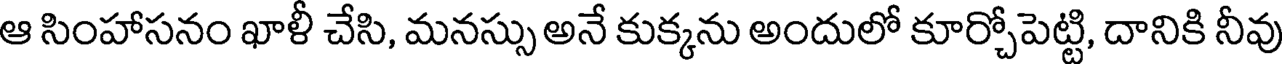
ఆ సింహాసనం ఖాళీ చేసి, మనస్సు అనే కుక్కను అందులో కూర్చోపెట్టి, దానికి నీవు